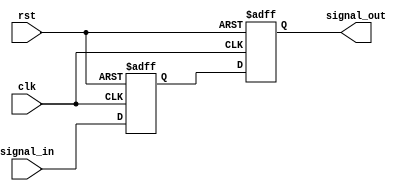
module Delay #(
    parameter DELAY_TIME = 10 // configurable delay time in simulation units
)(
    input wire clk,            // Clock signal (for synchronization)
    input wire rst,            // Reset signal
    input wire signal_in,      // Input signal to be delayed
    output reg signal_out      // Delayed output signal
);

// Internal signal to hold the value during delay
reg signal_buffer;

// Process triggered by clock edge
always @(posedge clk or posedge rst) begin
    if (rst) begin
        signal_out <= 0;       // Reset output signal
        signal_buffer <= 0;    // Reset buffer
    end else begin
        // Update the buffer with the input signal
        signal_buffer <= signal_in;

        // Delay the output signal update using a delay mechanism
        // Use a simple delay construct through the use of an integer
        // The following task introduces delay when signal inputs change 
        #DELAY_TIME signal_out <= signal_buffer; 
    end
end

endmodule